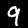
Digit: 9